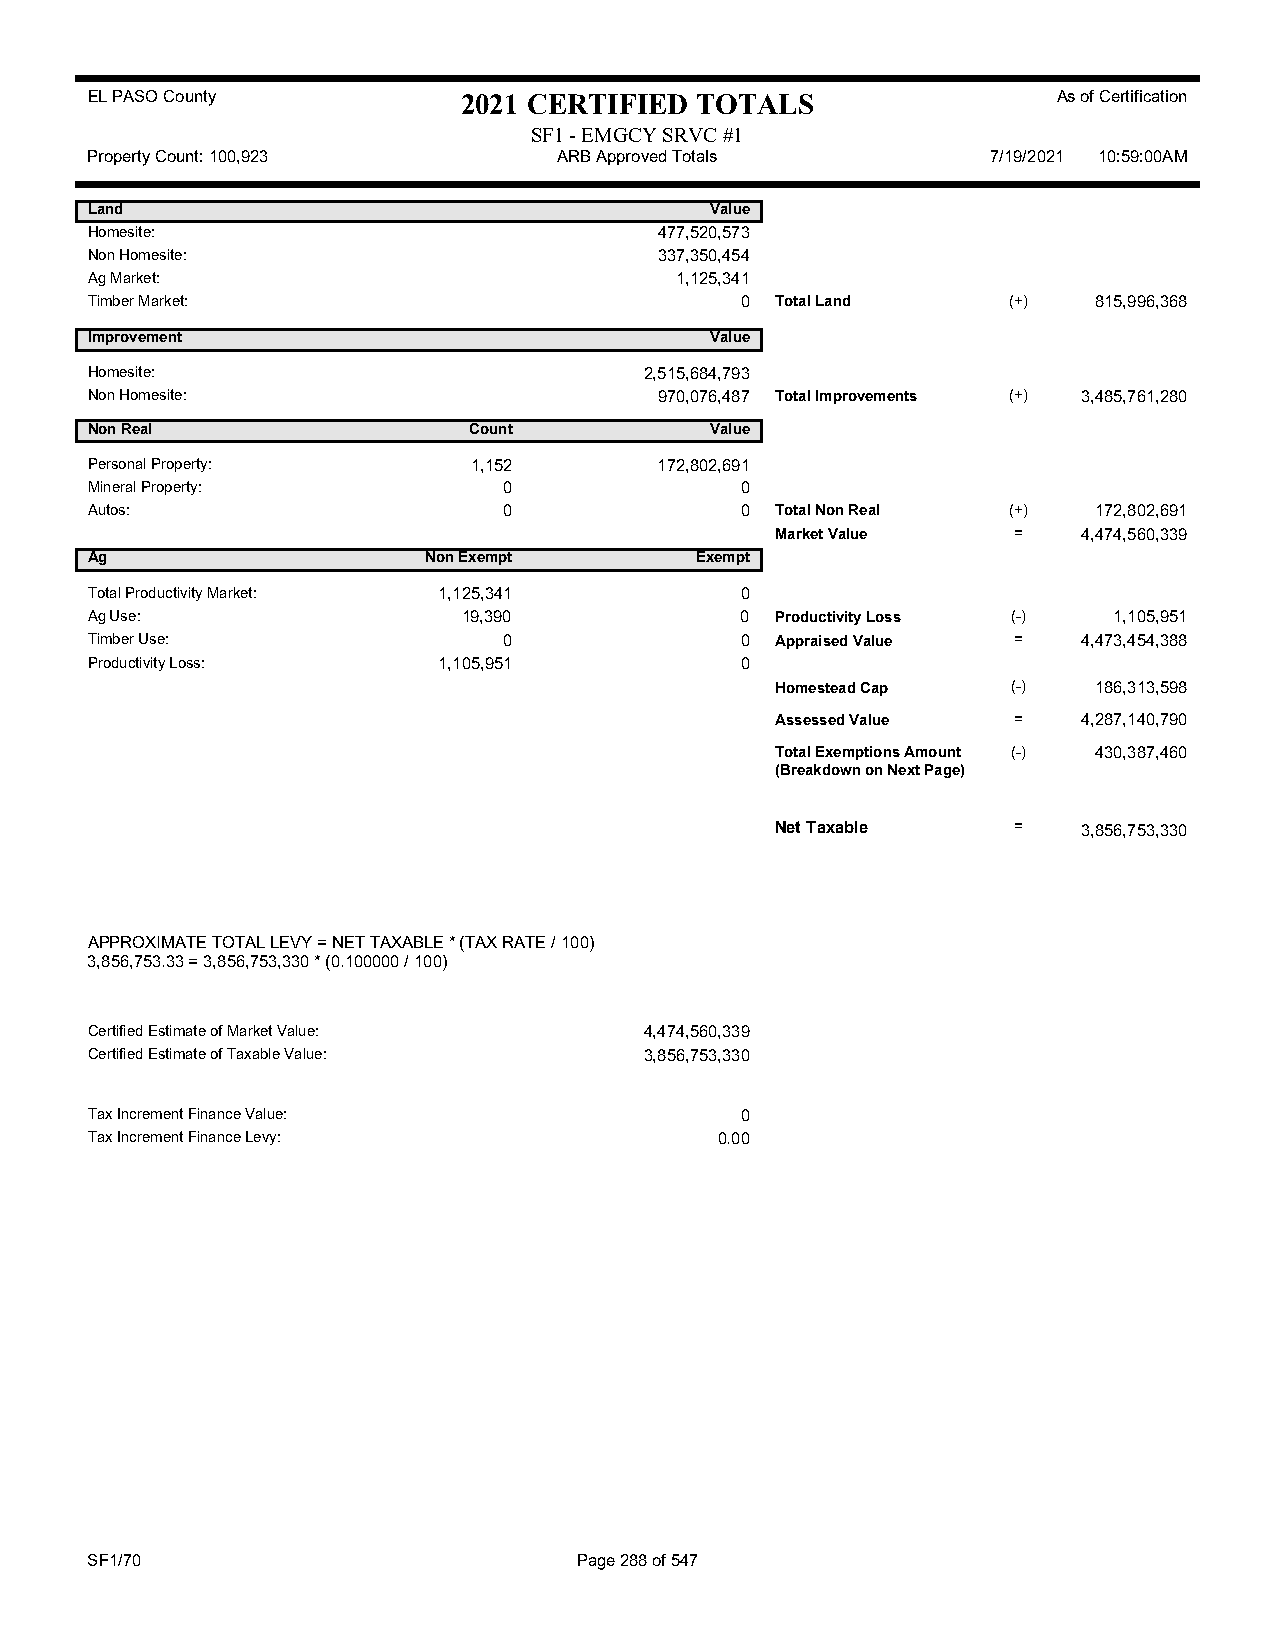
EL PASO County           2021 CERTIFIED TOTALS                  As of Certification
 SF1 - EMGCY SRVC #1
 Property Count: 100,923        ARB Approved Totals          7/19/2021 10:59:00AM
 Land                                     Value
 Homesite:                             477,520,573
 Non Homesite:                         337,350,454
 Ag Market:                             1,125,341
 Timber Market:                             0 Total Land      (+)  815,996,368
 Improvement                              Value
 Homesite:                            2,515,684,793
 Non Homesite:                         970,076,487 Total Improvements (+) 3,485,761,280
 Non Real                 Count           Value
 Personal Property:       1,152        172,802,691
 Mineral Property:          0               0
 Autos:                     0               0 Total Non Real  (+)  172,802,691
 Market Value    =    4,474,560,339
 Ag                    Non Exempt        Exempt
 Total Productivity Market: 1,125,341       0
 Ag Use:                  19,390            0 Productivity Loss (-)  1,105,951
 Timber Use:                0               0 Appraised Value =    4,473,454,388
 Productivity Loss:     1,105,951           0
 Homestead Cap   (-)  186,313,598
 Assessed Value  =    4,287,140,790
 Total Exemptions Amount (-) 430,387,460
 (Breakdown on Next Page)
 Net Taxable     =    3,856,753,330
 APPROXIMATE TOTAL LEVY = NET TAXABLE * (TAX RATE / 100)
 3,856,753.33 = 3,856,753,330 * (0.100000 / 100)
 Certified Estimate of Market Value:  4,474,560,339
 Certified Estimate of Taxable Value: 3,856,753,330
 Tax Increment Finance Value:               0
 Tax Increment Finance Levy:               0.00
 SF1/70                          Page 288 of 547